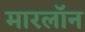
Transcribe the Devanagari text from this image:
मारलॉन